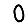
Digit: 0